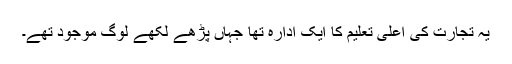
یہ تجارت کی اعلیٰ تعلیم کا ایک ادارہ تھا جہاں پڑھے لکھے لوگ موجود تھے۔